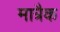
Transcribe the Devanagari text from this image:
मात्रैक